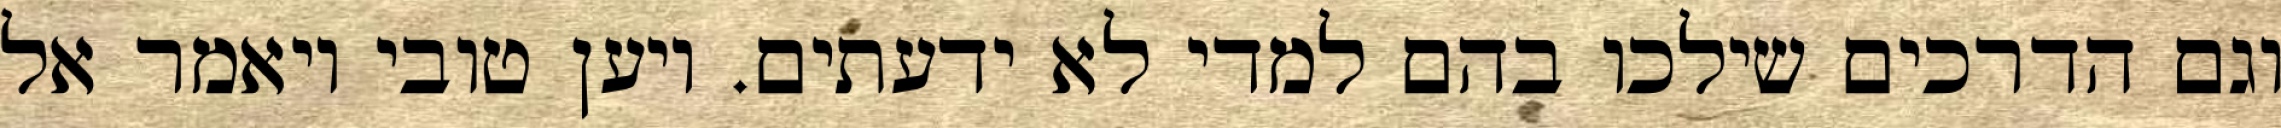
וגם הדרכים שילכו בהם למדי לא ידעתים. ויען טובי ויאמר אל